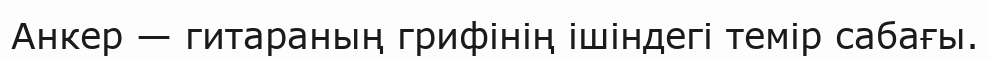
Анкер — гитараның грифінің ішіндегі темір сабағы.